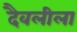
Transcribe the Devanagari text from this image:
दैवलीला